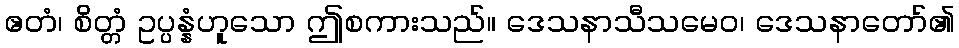
ဧတံ၊ စိတ္တံ ဥပ္ပန္နံဟူသော ဤစကားသည်။ ဒေသနာသီသမေဝ၊ ဒေသနာတော်၏